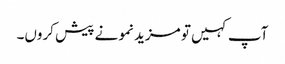
آپ کہیں تو مزید نمونے پیش کروں۔